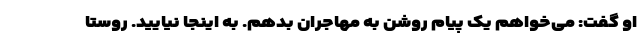
او گفت: می‌خواهم یک پیام روشن به مهاجران بدهم. به اینجا نیایید. روستا